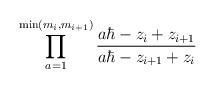
\begin{align*}\prod_{a=1}^{\min(m_i,m_{i+1})} \frac{a\hbar - z_i + z_{i+1}}{a\hbar - z_{i+1} + z_{i}}\end{align*}